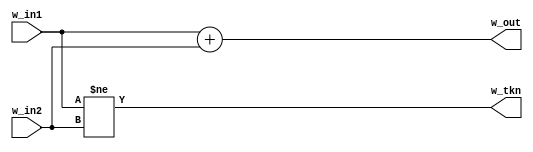
module m_alu(w_in1, w_in2, w_out, w_tkn);
  input  wire [31:0] w_in1, w_in2;
  output wire [31:0] w_out;
  output wire w_tkn;
  assign w_out = w_in1 + w_in2;
  assign w_tkn = w_in1 != w_in2;
endmodule